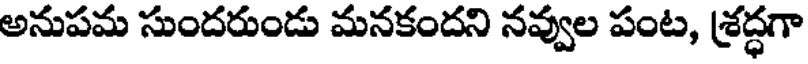
అనుపమ సుందరుండు మనకందని నవ్వుల పంట, శ్రద్ధగా